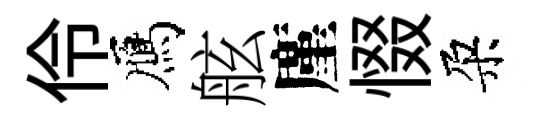
伶鴈舷廑惙朶